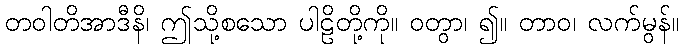
တဝါတိအာဒီနိ၊ ဤသို့စသော ပါဠိတို့ကို။ ဝတွာ၊ ၍။ တာဝ၊ လက်မွန်။